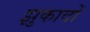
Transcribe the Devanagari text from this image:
झुकावों